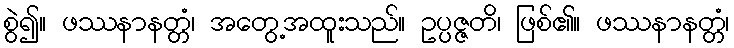
စွဲ၍။ ဖဿနာနတ္တံ၊ အတွေ့အထူးသည်။ ဥပ္ပဇ္ဇတိ၊ ဖြစ်၏။ ဖဿနာနတ္တံ၊